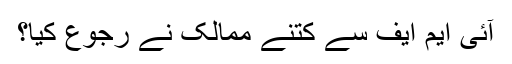
آئی ایم ایف سے کتنے ممالک نے رجوع کیا؟